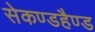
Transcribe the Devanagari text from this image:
सेकण्डहैण्ड